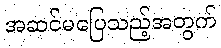
အဆင်မပြေသည့်အတွက်